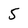
Character: 5